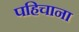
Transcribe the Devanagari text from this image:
पहिचाना